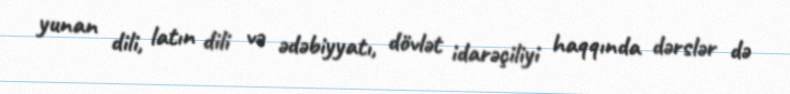
yunan dili, latın dili və ədəbiyyatı, dövlət idarəçiliyi haqqında dərslər də